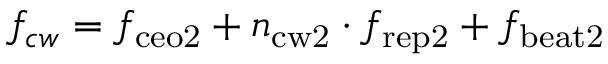
f _ { c w } = f _ { \mathrm { c e o 2 } } + n _ { \mathrm { c w 2 } } \cdot f _ { \mathrm { r e p 2 } } + f _ { \mathrm { b e a t 2 } }